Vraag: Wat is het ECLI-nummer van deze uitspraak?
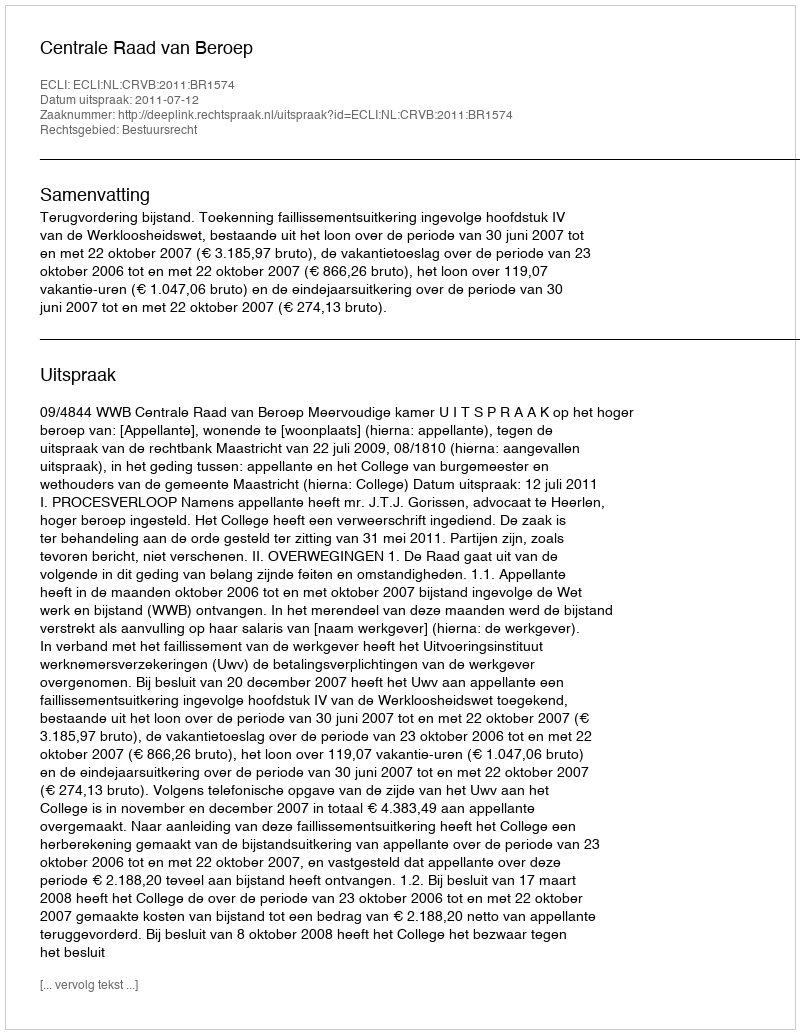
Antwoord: ECLI:NL:CRVB:2011:BR1574